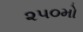
૨૫૦મો